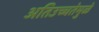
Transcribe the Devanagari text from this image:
अतिउच्चतेमुळे